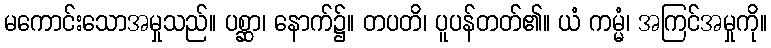
မကောင်းသောအမှုသည်။ ပစ္ဆာ၊ နောက်၌။ တပတိ၊ ပူပန်တတ်၏။ ယံ ကမ္မံ၊ အကြင်အမှုကို။